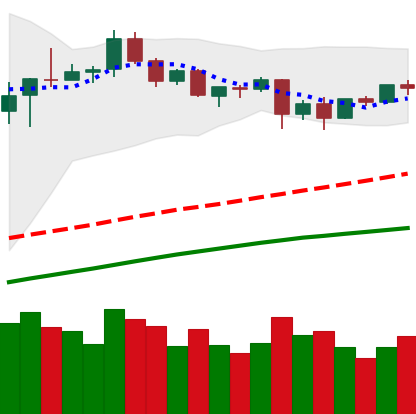
Ticker: BTC-USD
Chart end date: 2020-08-31
Forward return: -12.938%
Label: down_7plus